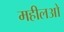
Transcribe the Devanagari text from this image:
महीलओ